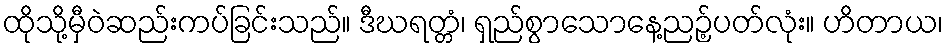
ထိုသို့မှီဝဲဆည်းကပ်ခြင်းသည်။ ဒီဃရတ္တံ၊ ရှည်စွာသောနေ့ညဉ့်ပတ်လုံး။ ဟိတာယ၊